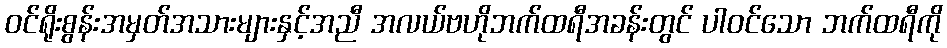
ဝင်ရိုးစွန်းအမှတ်အသားများနှင့်အညီ အလယ်ဗဟိုဘက်ထရီအခန်းတွင် ပါဝင်သော ဘက်ထရီကို